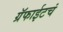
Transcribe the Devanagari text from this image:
ग्रॅफाईटचं